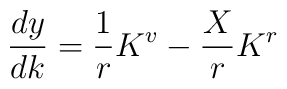
\frac{dy}{dk} = \frac{1}{r} K^v - \frac{X}{r} K^r